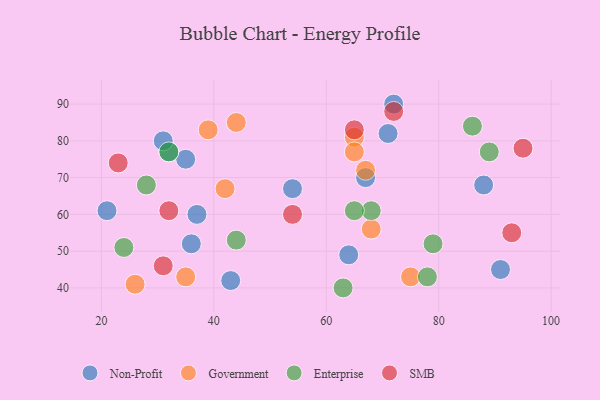
{"axis": {"x": "GDP", "y": "Life Expectancy"}, "legend": ["Enterprise", "Government", "Non-Profit", "SMB"], "data": [{"x": "88", "y": 68, "type": "Non-Profit"}, {"x": "43", "y": 42, "type": "Non-Profit"}, {"x": "91", "y": 45, "type": "Non-Profit"}, {"x": "67", "y": 70, "type": "Non-Profit"}, {"x": "72", "y": 90, "type": "Non-Profit"}, {"x": "71", "y": 82, "type": "Non-Profit"}, {"x": "35", "y": 75, "type": "Non-Profit"}, {"x": "64", "y": 49, "type": "Non-Profit"}, {"x": "54", "y": 67, "type": "Non-Profit"}, {"x": "32", "y": 77, "type": "Non-Profit"}, {"x": "37", "y": 60, "type": "Non-Profit"}, {"x": "31", "y": 80, "type": "Non-Profit"}, {"x": "36", "y": 52, "type": "Non-Profit"}, {"x": "21", "y": 61, "type": "Non-Profit"}, {"x": "44", "y": 85, "type": "Government"}, {"x": "35", "y": 43, "type": "Government"}, {"x": "65", "y": 81, "type": "Government"}, {"x": "42", "y": 67, "type": "Government"}, {"x": "67", "y": 72, "type": "Government"}, {"x": "65", "y": 77, "type": "Government"}, {"x": "75", "y": 43, "type": "Government"}, {"x": "68", "y": 56, "type": "Government"}, {"x": "26", "y": 41, "type": "Government"}, {"x": "39", "y": 83, "type": "Government"}, {"x": "28", "y": 68, "type": "Enterprise"}, {"x": "44", "y": 53, "type": "Enterprise"}, {"x": "24", "y": 51, "type": "Enterprise"}, {"x": "68", "y": 61, "type": "Enterprise"}, {"x": "86", "y": 84, "type": "Enterprise"}, {"x": "89", "y": 77, "type": "Enterprise"}, {"x": "78", "y": 43, "type": "Enterprise"}, {"x": "32", "y": 77, "type": "Enterprise"}, {"x": "79", "y": 52, "type": "Enterprise"}, {"x": "63", "y": 40, "type": "Enterprise"}, {"x": "65", "y": 61, "type": "Enterprise"}, {"x": "23", "y": 74, "type": "SMB"}, {"x": "32", "y": 61, "type": "SMB"}, {"x": "95", "y": 78, "type": "SMB"}, {"x": "31", "y": 46, "type": "SMB"}, {"x": "72", "y": 88, "type": "SMB"}, {"x": "65", "y": 83, "type": "SMB"}, {"x": "54", "y": 60, "type": "SMB"}, {"x": "93", "y": 55, "type": "SMB"}]}